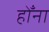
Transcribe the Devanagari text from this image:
होँना